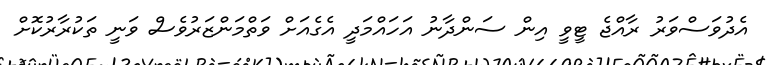
އެދުވަސްވަރު ރާއްޖެ ޓީވީ އިން ސަންދާނު އަހައްމަދީ އެގެއަށް ވަތްމަންޒަރުވެސް ވަނީ ތަކުރާރުކޮށް